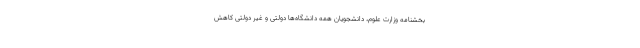
بخشنامه وزارت علوم، دانشجویان همه دانشگاه‌ها دولتی و غیر دولتی کاهش